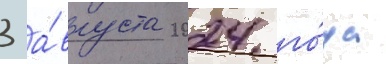
3 а́вгуста 2024 го́да